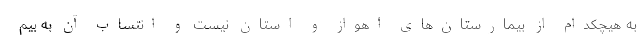
به هیچکدام از بیمارستان‌های اهواز و استان نیست و انتساب آن به بیم